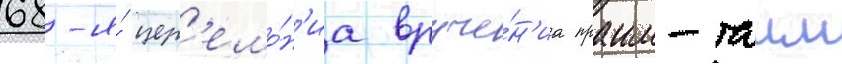
68-я́ цер'емо́н'иа вруче́н'иа праим-таим